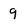
Character: 9